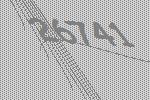
26741